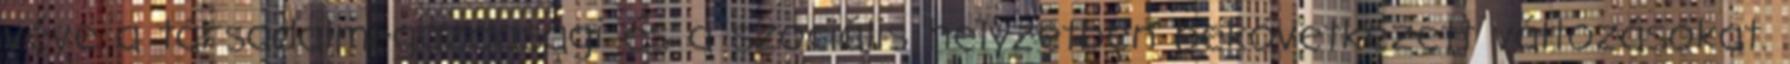
véve a társadalmi-gazdasági és a szociális helyzetben bekövetkezett változásokat.